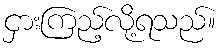
ငှားကြည့်လို့ရသည်။